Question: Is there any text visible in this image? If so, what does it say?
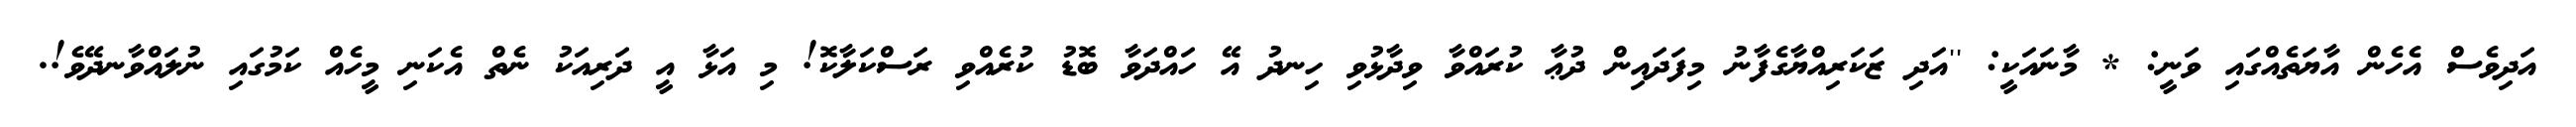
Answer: އަދިވެސް އެހެން އާޔަތެއްގައި ވަނީ: * މާނައަކީ: ''އަދި ޒަކަރިއްޔާގެފާނު މިފަދައިން ދުޢާ ކުރައްވާ ވިދާޅުވި ހިނދު އޭ ހައްދަވާ ބޮޑު ކުރެއްވި ރަސްކަލާކޮ! މި އަޅާ އީ ދަރިއަކު ނެތް އެކަނި މީހެއް ކަމުގައި ނުލައްވާނދޭވެ!.